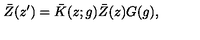
\bar { Z } ( z ^ { \prime } ) = \bar { K } ( z ; g ) \bar { Z } ( z ) G ( g ) ,